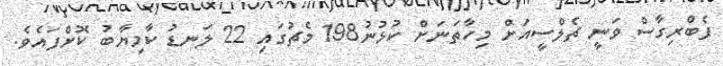
ފެބްރިގާސް ވަނީ ޗެލްސީއަށް މިހާތަނަށް ކުޅުނު198 މެޗުގައި 22 ލަނޑު ކާމިޔާބު ކޮށްފައެވެ.